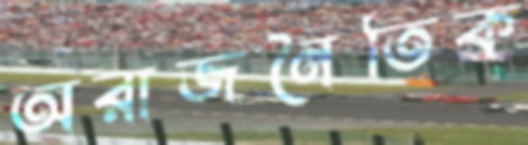
অরাজনৈতিক